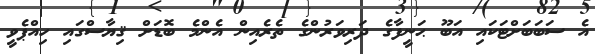
އެ ސަބަބަށްޓަކައި އަބޫ ޙަނީފާގެ ދަރިވަރުންގެ ތެރެއިން އެންމެ ބޮޑަށް ޤިޔާސްގައި ހިއްޕެވީ